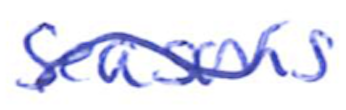
Text: seasons
Cross-out: wave
Writing tool: ballpoint